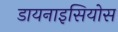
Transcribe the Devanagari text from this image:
डायनाइसियोस